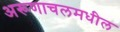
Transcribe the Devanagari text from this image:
अरूणाचलमधील